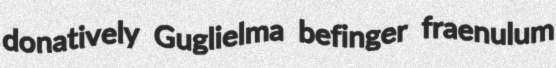
donatively Guglielma befinger fraenulum